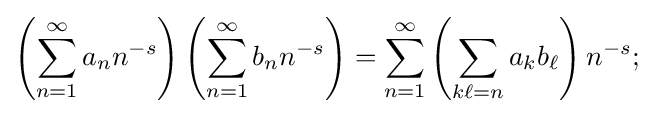
\left(\sum _{n=1}^{\infty }a_{n}n^{-s}\right)\left(\sum _{n=1}^{\infty }b_{n}n^{-s}\right)=\sum _{n=1}^{\infty }\left(\sum _{k\ell =n}a_{k}b_{\ell }\right)n^{-s};